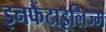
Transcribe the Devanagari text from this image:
इनफैंटाइलिज्म